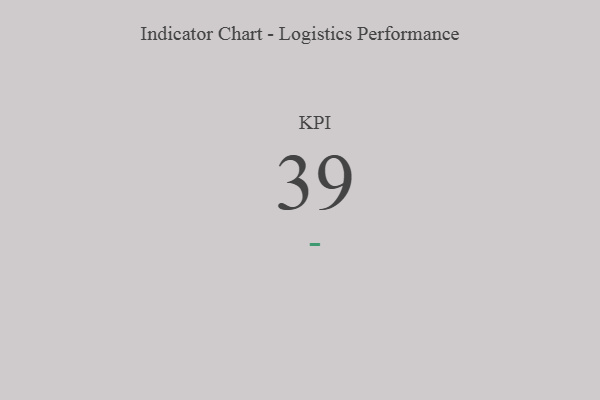
{"axis": {"x": "KPI", "y": "Value"}, "legend": [""], "data": [{"x": "KPI", "y": 39, "type": ""}]}